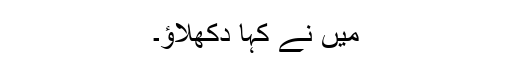
میں نے کہا دکھلاؤ۔